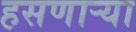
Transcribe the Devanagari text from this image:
हसणाऱ्या